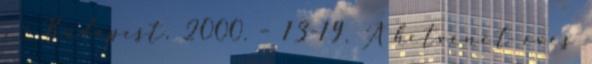
. – Budapest, 2000. – 13-19. A hetvenöt éves